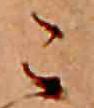
こ